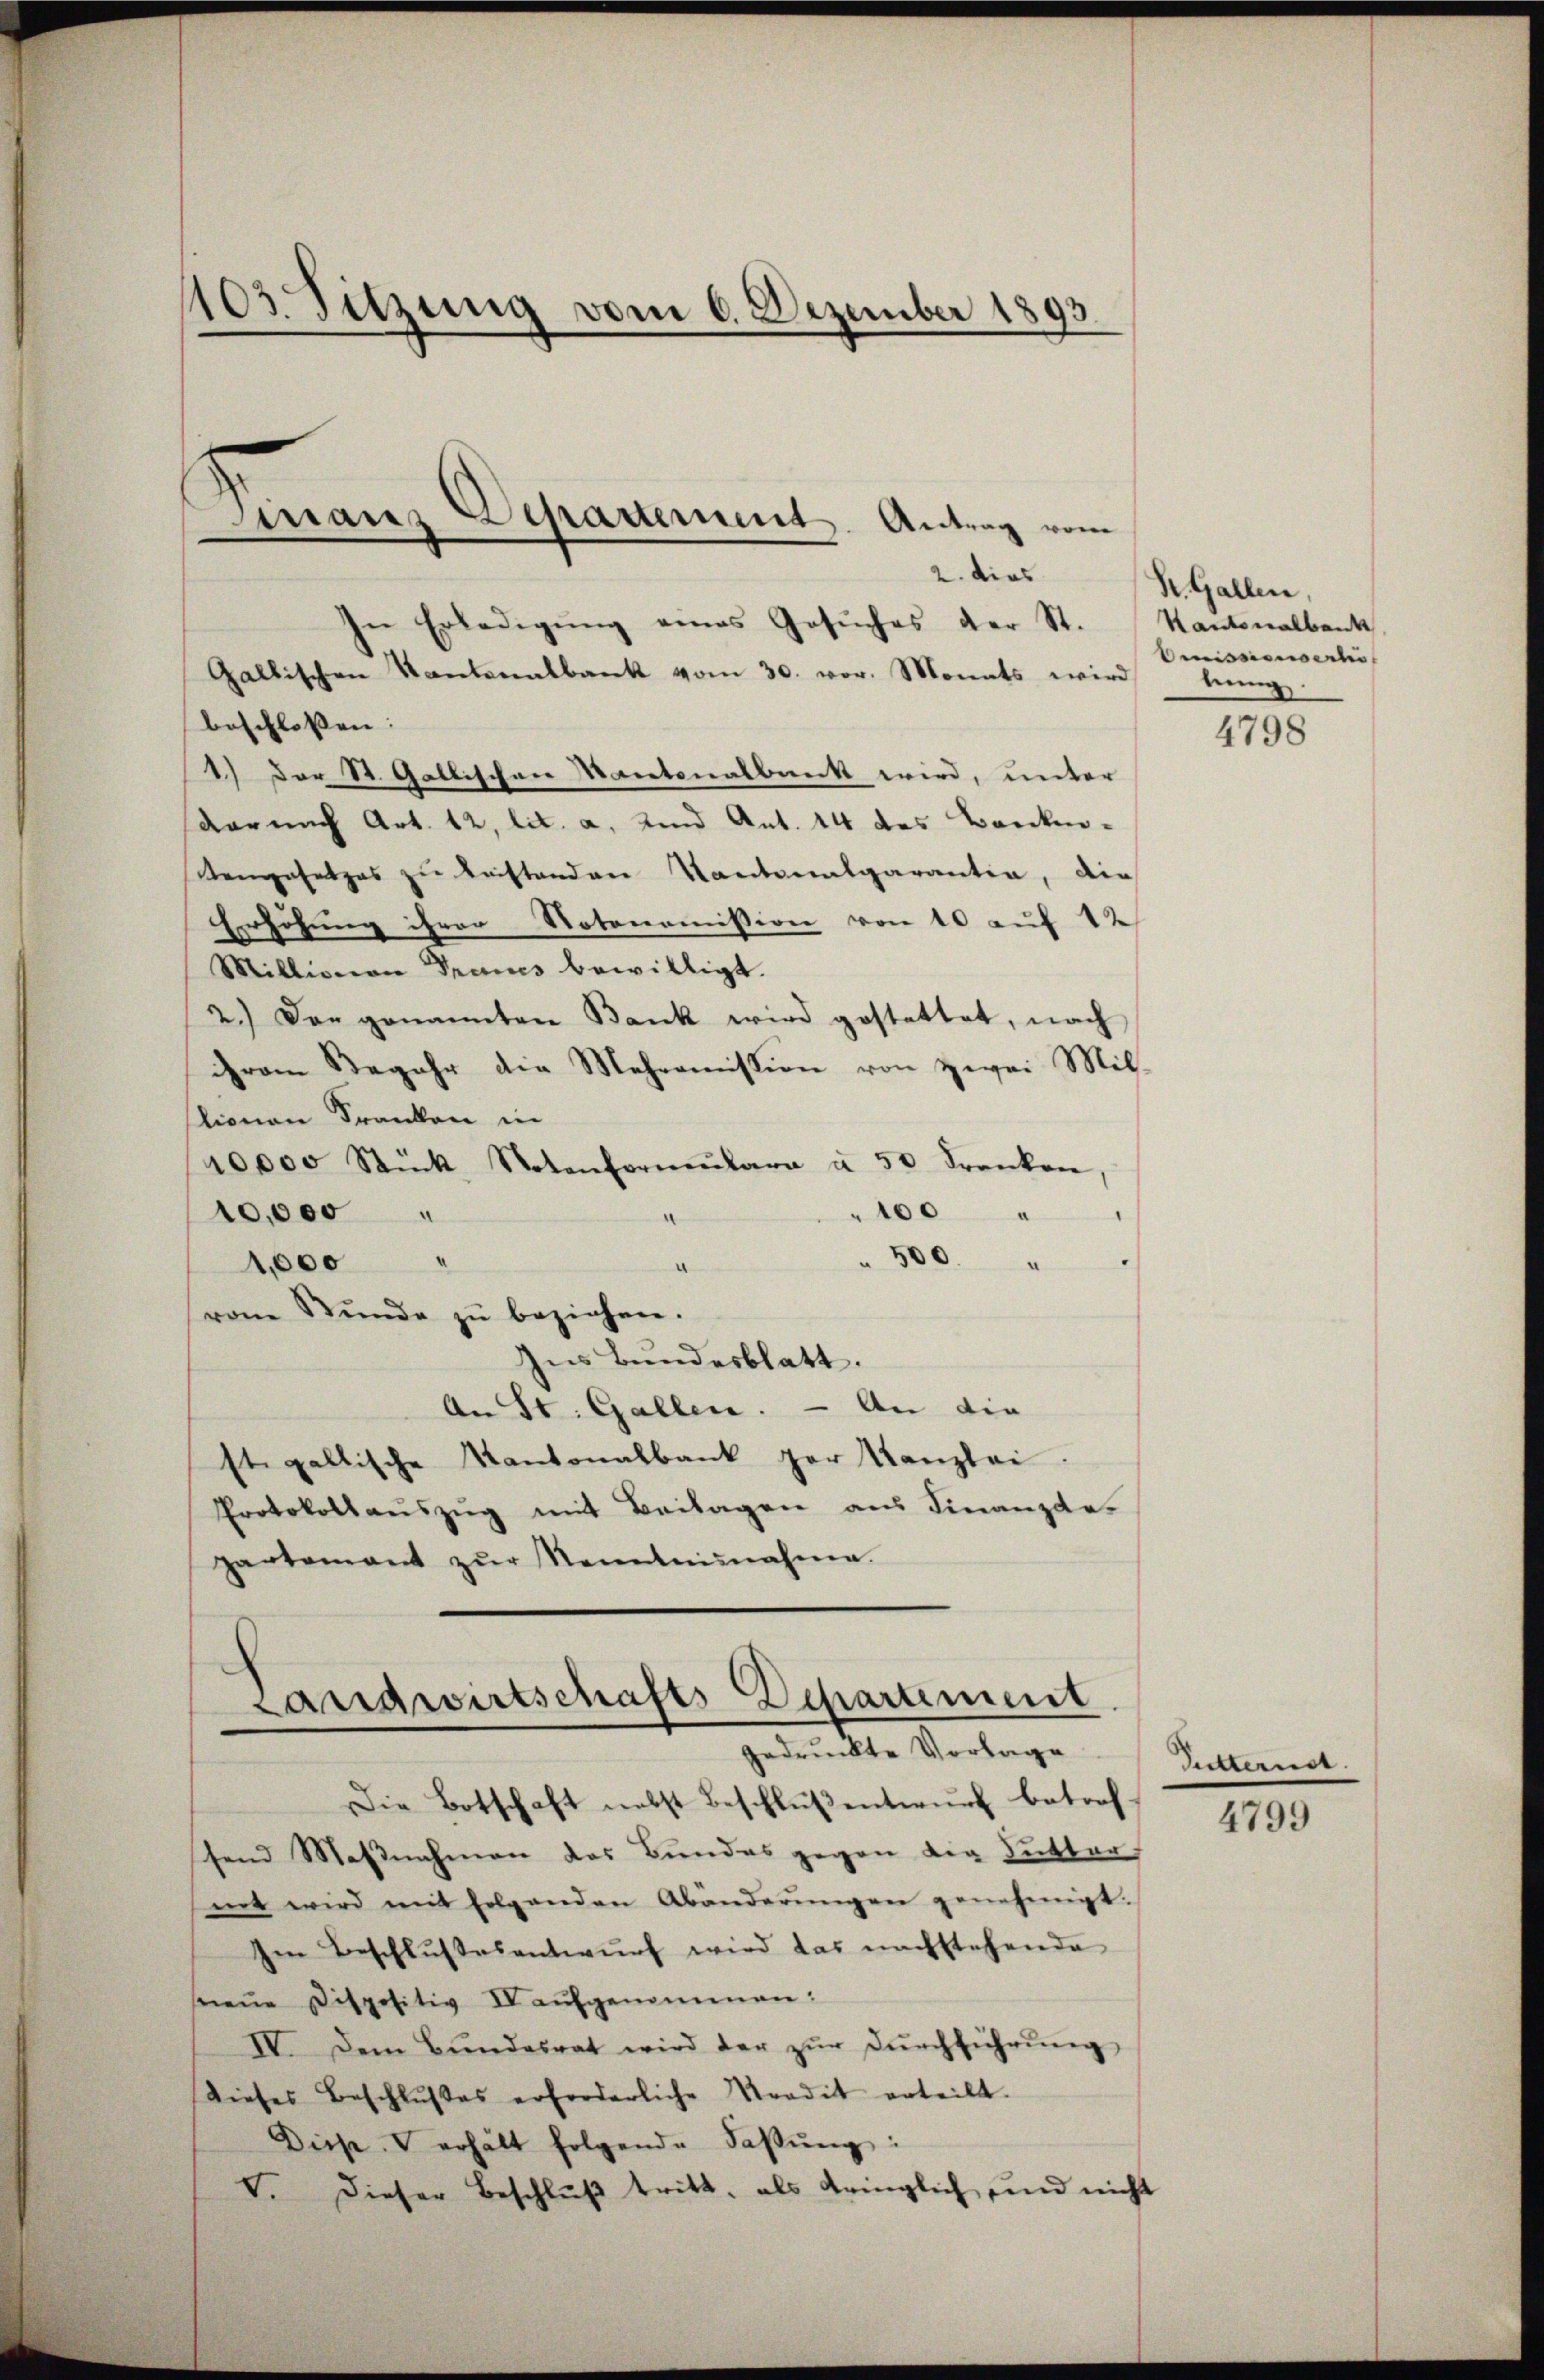
1103. Sitzung vom 6. Dezember 1893.
mranz Departement Antrag vom
2. dies

In Erledigŭng eines Gesŭches der St. Kantonalbank
Gallischen Kantonalbank vom 30. vor. Monats wird
beschlossen: |
1.) Der St. Gallischen Kantonalbank wird, unter
Aarnach Art. 12, lit. a. und Ant. 14 des Bank¬
Komgesetzes zu bestanden Kantonalgarantin, die
Erhöhung ihrer Notonomission von 10 auf 12
Millionen Traues bewilligt.
2.) Das genannten Bank wird gestattet, nach
ihrem Begehr die Mehromission von zwei Mil
slionen Franken in
40,000 Stück Notenformŭlara à 50 drenken,
100
10,000
" 500 "
1,000
a
rene Stŭnde zŭ beziehen.
Ins Bundesblatt.
An St. Gallen. - An die
ste gallische Kantonalbank par Kanzlei.
Protokollauszug mit Beilagen aus Finanzde
partement zŭr Kenntnisnahme.

Landwirtschafts-Departement.
gedruckte Vorlage

Die Botschaft nebst Beschluß entwurf betrefsend Massnahmen des Bundes gegen die Butter
mt wird mit folgenden Abänderŭngen genehmigt.
Im Beschlussesentwurf wird das nachstehende
neŭe Dispositiv IV aŭfgenommen:
IV. Dem Bŭndesrat wird der zŭr Dŭrchführŭng
Dieses Beschlußes erforderliche Verdit erteilt.
Diese Verhält folgende Fassŭng:
V. Dieser Beschlŭβ tritt, als dringlich und nicht

St. Gallen,
Amissionsertis
lung.

4798

Putternst.

4799